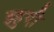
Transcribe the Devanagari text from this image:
इहुदी